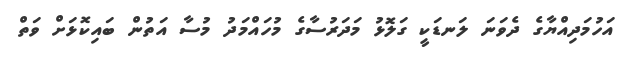
އަހުމަދިއްޔާގެ ދެވަނަ ލަނޑަކީ ގަލޮޅު މަދަރުސާގެ މުހައްމަދު މުސާ އަތުން ބައިކޮޅަށް ވަތް